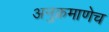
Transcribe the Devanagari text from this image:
अनुक्रमाणेच